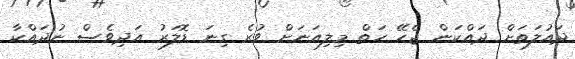
ދައުލަތަށް ދައްކަން ޖެހޭ ހަތް މިލިއަނަށް ވުރެ ގިނަ ޑޮލަރު އަދިވެސް ނުދައްކާ